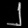
Digit: ၂